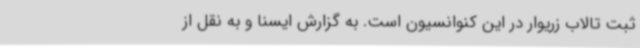
ثبت تالاب زریوار در این کنوانسیون است. به گزارش ایسنا و به نقل از